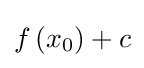
f\left(x_{0}\right)+c